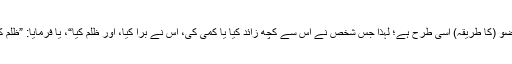
پھر فرمایا: ”وضو (کا طریقہ) اسی طرح ہے؛ لہٰذا جس شخص نے اس سے کچھ زائد کیا یا کمی کی، اس نے برا کیا، اور ظلم کیا“، یا فرمایا: ”ظلم کیا اور برا کیا“۔